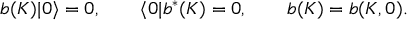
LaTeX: b ( K ) | 0 \rangle = 0 , \qquad \langle 0 | b ^ { \ast } ( K ) = 0 , \qquad b ( K ) = b ( K , 0 ) .